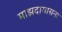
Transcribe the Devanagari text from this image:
माझदायासना